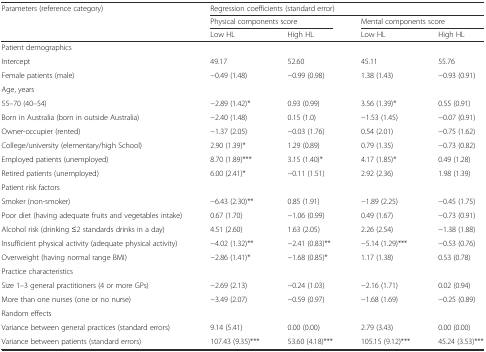
<table><thead><tr><td rowspan="3"><b>Parameters (reference category)</b></td><td colspan="4"><b>Regression coefficients (standard error)</b></td></tr><tr><td colspan="2"><b>Physical components score</b></td><td colspan="2"><b>Mental components score</b></td></tr><tr><td><b>Low HL</b></td><td><b>High HL</b></td><td><b>Low HL</b></td><td><b>High HL</b></td></tr></thead><tbody><tr><td colspan="5">Patient demographics</td></tr><tr><td>Intercept</td><td>49.17</td><td>52.60</td><td>45.11</td><td>55.76</td></tr><tr><td>Female patients (male)</td><td>−0.49 (1.48)</td><td>−0.99 (0.98)</td><td>1.38 (1.43)</td><td>−0.93 (0.91)</td></tr><tr><td colspan="5">Age, years</td></tr><tr><td>55–70 (40–54)</td><td>−2.89 (1.42)*</td><td>0.93 (0.99)</td><td>3.56 (1.39)*</td><td>0.55 (0.91)</td></tr><tr><td>Born in Australia (born in outside Australia)</td><td>−2.40 (1.48)</td><td>0.15 (1.0)</td><td>−1.53 (1.45)</td><td>−0.07 (0.91)</td></tr><tr><td>Owner-occupier (rented)</td><td>−1.37 (2.05)</td><td>−0.03 (1.76)</td><td>0.54 (2.01)</td><td>−0.75 (1.62)</td></tr><tr><td>College/university (elementary/high School)</td><td>2.90 (1.39)*</td><td>1.29 (0.89)</td><td>0.79 (1.35)</td><td>−0.73 (0.82)</td></tr><tr><td>Employed patients (unemployed)</td><td>8.70 (1.89)***</td><td>3.15 (1.40)*</td><td>4.17 (1.85)*</td><td>0.49 (1.28)</td></tr><tr><td>Retired patients (unemployed)</td><td>6.00 (2.41)*</td><td>−0.11 (1.51)</td><td>2.92 (2.36)</td><td>1.98 (1.39)</td></tr><tr><td colspan="5">Patient risk factors</td></tr><tr><td>Smoker (non-smoker)</td><td>−6.43 (2.30)**</td><td>0.85 (1.91)</td><td>−1.89 (2.25)</td><td>−0.45 (1.75)</td></tr><tr><td>Poor diet (having adequate fruits and vegetables intake)</td><td>0.67 (1.70)</td><td>−1.06 (0.99)</td><td>0.49 (1.67)</td><td>−0.73 (0.91)</td></tr><tr><td>Alcohol risk (drinking ≤2 standards drinks in a day)</td><td>4.51 (2.60)</td><td>1.63 (2.05)</td><td>2.26 (2.54)</td><td>−1.38 (1.88)</td></tr><tr><td>Insufficient physical activity (adequate physical activity)</td><td>−4.02 (1.32)**</td><td>−2.41 (0.83)**</td><td>−5.14 (1.29)***</td><td>−0.53 (0.76)</td></tr><tr><td>Overweight (having normal range BMI)</td><td>−2.86 (1.41)*</td><td>−1.68 (0.85)*</td><td>1.17 (1.38)</td><td>0.53 (0.78)</td></tr><tr><td colspan="5">Practice characteristics</td></tr><tr><td>Size 1–3 general practitioners (4 or more GPs)</td><td>−2.69 (2.13)</td><td>−0.24 (1.03)</td><td>−2.16 (1.71)</td><td>0.02 (0.94)</td></tr><tr><td>More than one nurses (one or no nurse)</td><td>−3.49 (2.07)</td><td>−0.59 (0.97)</td><td>−1.68 (1.69)</td><td>−0.25 (0.89)</td></tr><tr><td colspan="5">Random effects</td></tr><tr><td>Variance between general practices (standard errors)</td><td>9.14 (5.41)</td><td>0.00 (0.00)</td><td>2.79 (3.43)</td><td>0.00 (0.00)</td></tr><tr><td>Variance between patients (standard errors)</td><td>107.43 (9.35)***</td><td>53.60 (4.18)***</td><td>105.15 (9.12)***</td><td>45.24 (3.53)***</td></tr></tbody></table>